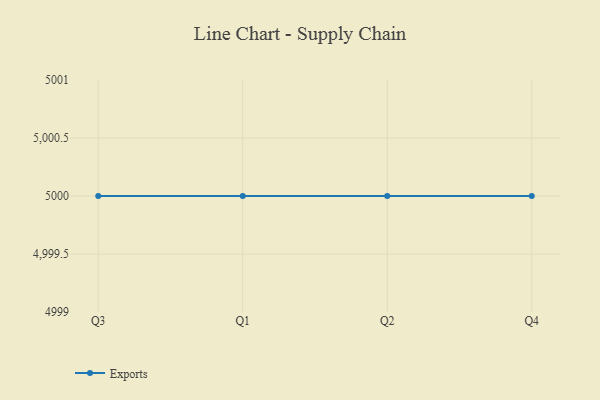
{"axis": {"x": "Quarter", "y": "Website Visitors"}, "legend": ["Exports"], "data": [{"x": "Q3", "y": 5000, "type": "Exports"}, {"x": "Q1", "y": 5000, "type": "Exports"}, {"x": "Q2", "y": 5000, "type": "Exports"}, {"x": "Q4", "y": 5000, "type": "Exports"}]}